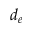
d _ { e }